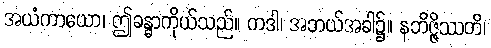
အယံကာယော၊ ဤခန္ဓာကိုယ်သည်။ ကဒါ၊ အဘယ်အခါ၌။ နဘိဇ္ဇိဿတိ၊